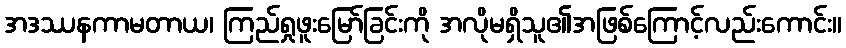
အဒဿနကာမတာယ၊ ကြည်ရှုဖူးမြော်ခြင်းကို အလိုမရှိသူ၏အဖြစ်ကြောင့်လည်းကောင်း။